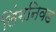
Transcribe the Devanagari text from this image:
लिंगनिवड